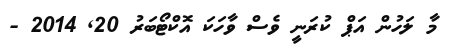
މާ ލަހުން އަޕް ކުރަނީ ވެސް ވާހަކަ އޮކްޓޯބަރު 20